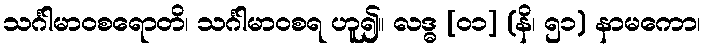
သင်္ဂါမာဝစရောတိ၊ သင်္ဂါမာဝစရ ဟူ၍။ လဒ္ဓ [၀၁] (နိ၊ ၅၁) နာမကော၊